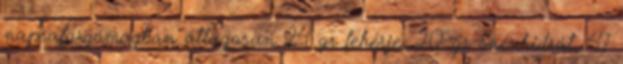
napraforgómagban átlagosan 24 gr fehérje, 20 gr szénhidrát, 47